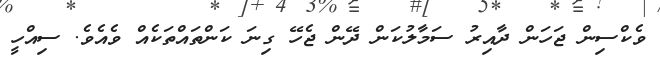
ވެކްސިން ޖަހަން ދާއިރު ސަމާލުކަން ދޭން ޖެހޭ ގިނަ ކަންތައްތަކެއް ވެއެވެ. ސިއްހީ